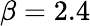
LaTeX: \beta=2.4